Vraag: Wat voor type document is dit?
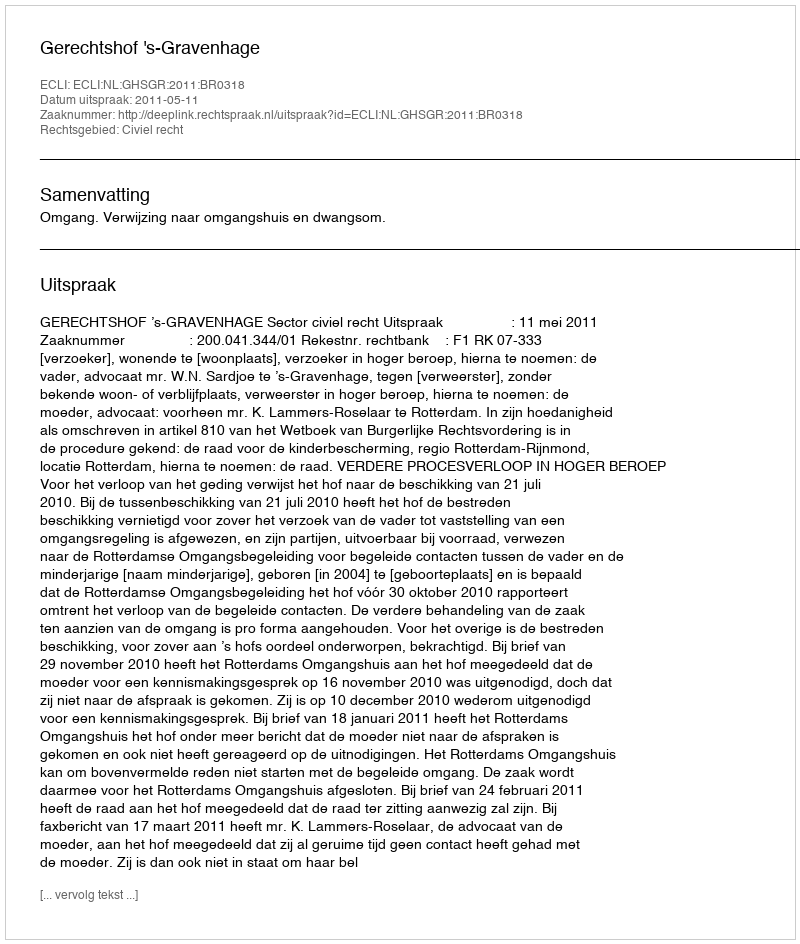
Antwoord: Uitspraak